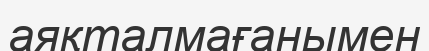
аяқталмағанымен